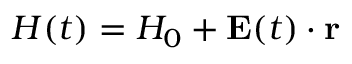
{ H } ( t ) = H _ { 0 } + \mathbf { E } ( t ) \cdot \mathbf { r }